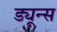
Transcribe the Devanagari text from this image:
ड्यून्स